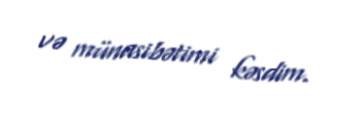
və münasibətimi kəsdim.